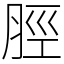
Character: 脛